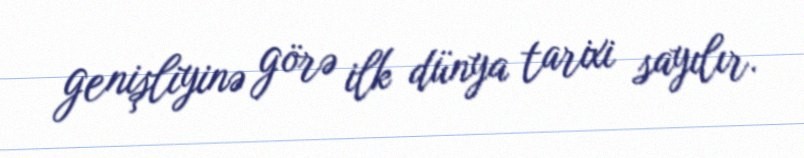
genişliyinə görə ilk dünya tarixi sayılır.